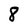
Character: 8